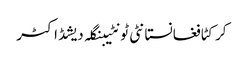
کرکٹافغانستانٹی ٹونٹیبنگلہ دیشڈاکٹر